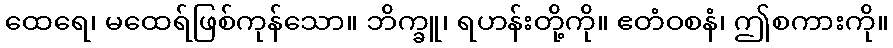
ထေရေ၊ မထေရ်ဖြစ်ကုန်သော။ ဘိက္ခူ၊ ရဟန်းတို့ကို။ ဧတံဝစနံ၊ ဤစကားကို။